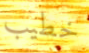
خطيب